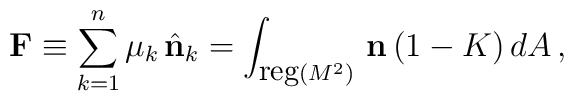
{\bf F} \equiv \sum_{k=1}^n \mu_k\, \hat{{\bf n}}_k = \int_{{\mbox{\small{reg}}} (M^2)}\, {\bf n}\, (1-K)\, dA\, ,